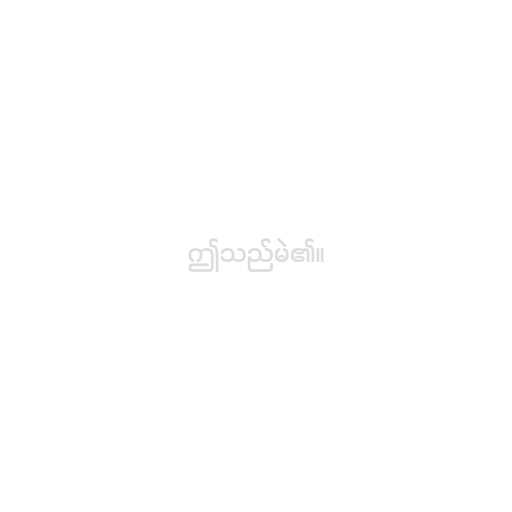
ဤသည်မဲ၏။